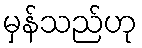
မှန်သည်ဟု